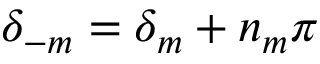
\delta _ { - m } = \delta _ { m } + n _ { m } \pi